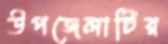
উপজেলাটির